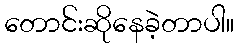
တောင်းဆိုနေခဲ့တာပါ။